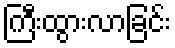
ကြီးထွားလာခြင်း